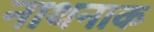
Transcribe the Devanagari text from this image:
नाथनाक